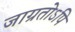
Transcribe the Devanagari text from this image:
जाग्रतोऽपि